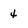
Character: 4